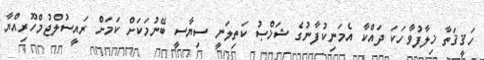
ހަޤީޤަތާ ޚިލާފުވާހަކަ ދައްކާ އެމަނިކުފާނުގެ ޝަޚްޞު ކަތިލަނީ ސިޔާސީ ބޭނުމަކަށް ކަމަށް ރައީސުލްޖުމްހޫރިއްޔާ